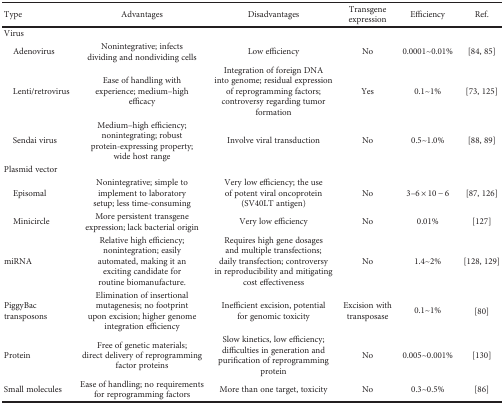
<table><thead><tr><td><b>Type</b></td><td><b>Advantages</b></td><td><b>Disadvantages</b></td><td><b>Transgene expression</b></td><td><b>Efficiency</b></td><td><b>Ref.</b></td></tr></thead><tbody><tr><td>Virus</td><td>[EMPTY_CELL]</td><td>[EMPTY_CELL]</td><td>[EMPTY_CELL]</td><td>[EMPTY_CELL]</td><td>[EMPTY_CELL]</td></tr><tr><td> Adenovirus</td><td>Nonintegrative; infects dividing and nondividing cells</td><td>Low efficiency</td><td>No</td><td>0.0001~0.01%</td><td>[84, 85]</td></tr><tr><td> Lenti/retrovirus</td><td>Ease of handling with experience; medium–high efficacy</td><td>Integration of foreign DNA into genome; residual expression of reprogramming factors; controversy regarding tumor formation</td><td>Yes</td><td>0.1~1%</td><td>[73, 125]</td></tr><tr><td> Sendai virus</td><td>Medium–high efficiency; nonintegrating; robust protein-expressing property; wide host range</td><td>Involve viral transduction</td><td>No</td><td>0.5~1.0%</td><td>[88, 89]</td></tr><tr><td>Plasmid vector</td><td>[EMPTY_CELL]</td><td>[EMPTY_CELL]</td><td>[EMPTY_CELL]</td><td>[EMPTY_CELL]</td><td>[EMPTY_CELL]</td></tr><tr><td> Episomal</td><td>Nonintegrative; simple to implement to laboratory setup; less time-consuming</td><td>Very low efficiency; the use of potent viral oncoprotein (SV40LT antigen)</td><td>No</td><td>3–6 × 10 − 6</td><td>[87, 126]</td></tr><tr><td> Minicircle</td><td>More persistent transgene expression; lack bacterial origin</td><td>Very low efficiency</td><td>No</td><td>0.01%</td><td>[127]</td></tr><tr><td>miRNA</td><td>Relative high efficiency; nonintegration; easily automated, making it an exciting candidate for routine biomanufacture.</td><td>Requires high gene dosages and multiple transfections; daily transfection; controversy in reproducibility and mitigating cost effectiveness</td><td>No</td><td>1.4~2%</td><td>[128, 129]</td></tr><tr><td>PiggyBac transposons</td><td>Elimination of insertional mutagenesis; no footprint upon excision; higher genome integration efficiency</td><td>Inefficient excision, potential for genomic toxicity</td><td>Excision with transposase</td><td>0.1~1%</td><td>[80]</td></tr><tr><td>Protein</td><td>Free of genetic materials; direct delivery of reprogramming factor proteins</td><td>Slow kinetics, low efficiency; difficulties in generation and purification of reprogramming protein</td><td>No</td><td>0.005~0.001%</td><td>[130]</td></tr><tr><td>Small molecules</td><td>Ease of handling; no requirements for reprogramming factors</td><td>More than one target, toxicity</td><td>No</td><td>0.3~0.5%</td><td>[86]</td></tr></tbody></table>